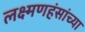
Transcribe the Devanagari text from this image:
लक्ष्मणहंसांच्या